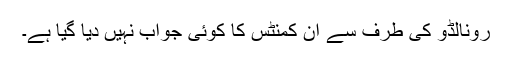
رونالڈو کی طرف سے ان کمنٹس کا کوئی جواب نہیں دیا گیا ہے۔